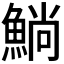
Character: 𫙥